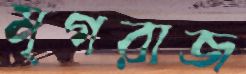
মৃগরাজ